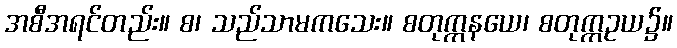
အစီအရင်တည်း။ စ၊ သည်သာမကသေး။ စတုက္ကနယေ၊ စတုက္ကဥယ၌။